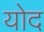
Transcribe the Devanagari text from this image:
योद